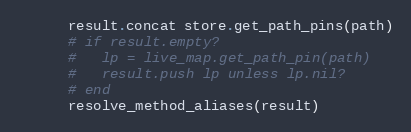
Language: Ruby
      result.concat store.get_path_pins(path)
      # if result.empty?
      #   lp = live_map.get_path_pin(path)
      #   result.push lp unless lp.nil?
      # end
      resolve_method_aliases(result)